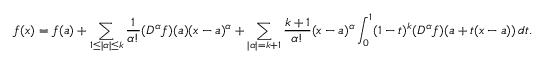
f ( { \boldsymbol { x } } ) = f ( { \boldsymbol { a } } ) + \sum _ { 1 \leq | \alpha | \leq k } { \frac { 1 } { \alpha ! } } ( D ^ { \alpha } f ) ( { \boldsymbol { a } } ) ( { \boldsymbol { x } } - { \boldsymbol { a } } ) ^ { \alpha } + \sum _ { | \alpha | = k + 1 } { \frac { k + 1 } { \alpha ! } } ( { \boldsymbol { x } } - { \boldsymbol { a } } ) ^ { \alpha } \int _ { 0 } ^ { 1 } ( 1 - t ) ^ { k } ( D ^ { \alpha } f ) ( { \boldsymbol { a } } + t ( { \boldsymbol { x } } - { \boldsymbol { a } } ) ) \, d t .